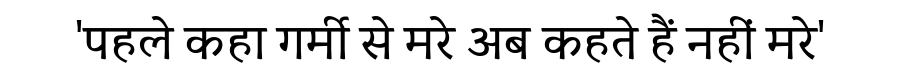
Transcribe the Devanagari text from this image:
'पहले कहा गर्मी से मरे अब कहते हैं नहीं मरे'